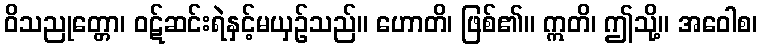
ဝိသညုတ္တော၊ ဝဋ်ဆင်းရဲနှင့်မယှဉ်သည်။ ဟောတိ၊ ဖြစ်၏။ ဣတိ၊ ဤသို့။ အဝေါစ၊